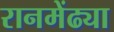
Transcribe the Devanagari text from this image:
रानमेंढ्या